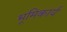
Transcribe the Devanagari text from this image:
भूमिकार्य